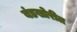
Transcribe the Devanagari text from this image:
बंडखोरीत